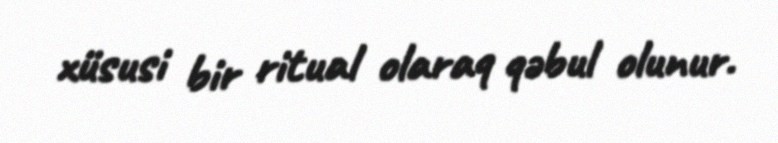
xüsusi bir ritual olaraq qəbul olunur.